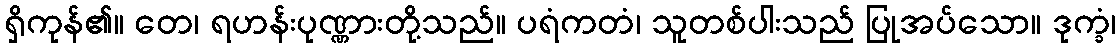
ရှိကုန်၏။ တေ၊ ရဟန်းပုဏ္ဏားတို့သည်။ ပရံကတံ၊ သူတစ်ပါးသည် ပြုအပ်သော။ ဒုက္ခံ၊